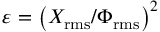
\varepsilon = \left( { X } _ { \mathrm { r m s } } / { \Phi } _ { \mathrm { r m s } } \right) ^ { 2 }